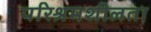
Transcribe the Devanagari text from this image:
परिश्रमशीलता